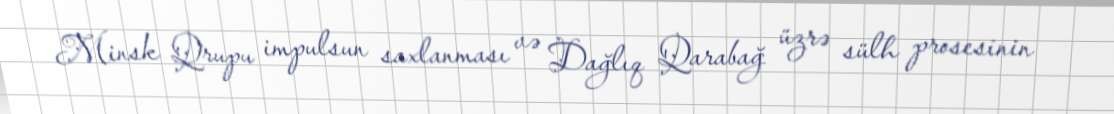
Minsk Qrupu impulsun saxlanması və Dağlıq Qarabağ üzrə sülh prosesinin